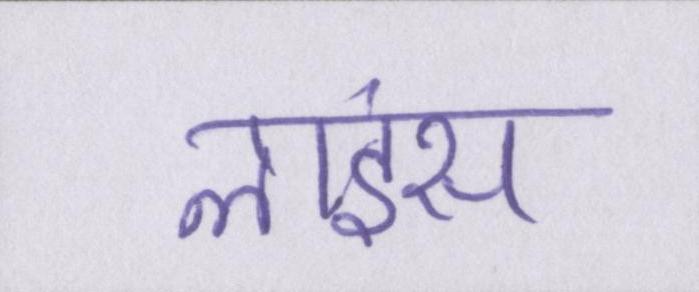
लाइंस